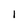
Character: 1